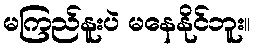
မကြည်နူးပဲ မနေနိုင်ဘူး။